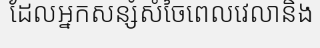
ដែលអ្នកសន្សំសំចៃពេលវេលានិង